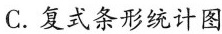
C.复式条形统计图